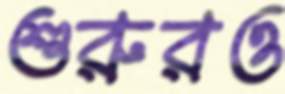
শুরুরও